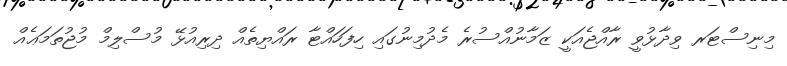
މިނިސްޓަރ ވިދާޅުވީ ރާއްޖެއަކީ ޒަމާނުއްސުރެ މެދުމިނުގައި ހިފަހައްޓާ ރައްޔިތެއް ދިރިއުޅޭ މުސްލިމް މުޖުތަމަޢެއް